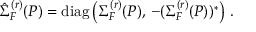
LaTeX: \hat { \Sigma } _ { F } ^ { ( r ) } ( P ) = \mathrm { d i a g } \left( \Sigma _ { F } ^ { ( r ) } ( P ) , \, - ( \Sigma _ { F } ^ { ( r ) } ( P ) ) ^ { * } \right) \, .